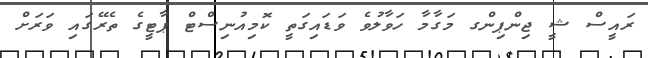
ރައީސް ޝީ ޖިންޕިންގ މަގާމާ ހަވާލުވެ ވަޑައިގަތީ ކޮމިއުނިސްޓް ޕާޓީގެ ތެރޭގައި ވަރަށް